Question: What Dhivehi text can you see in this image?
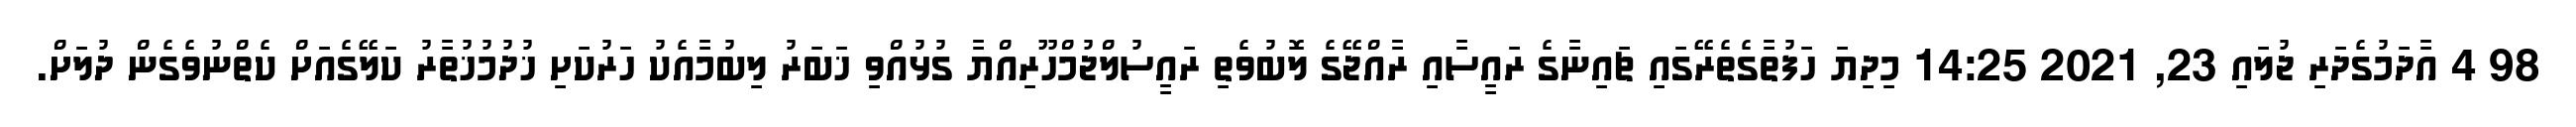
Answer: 98 4 އާދަމުގެދަރި ޖުލައި 23, 2021 14:25 މިދިޔަ ހަފުތާގެތެރޭގައި ޗައިނާގެ ރައީސާއި ރާއްޖޭގެ ލޮބުވެތި ރައީސުލްޖުމްހޫރިއްޔާ ގުޅުއްވި ޚަބަރު ލިބުމާއެކު ހަރުކަށި ޚުދުމުޚުތާރު ކަލޭގެއަށް ކެތްނުވެގެން ދުލަށް.